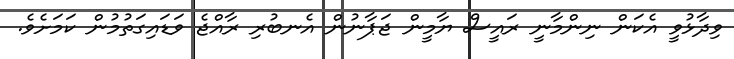
ވިދާޅުވީ އެކަން ނިންމާނީ ރައީސް ޔާމީން ޖަޕާނުން އެނބުރި ރާއްޖެ ވަޑައިގަތުމުން ކަމަށެވެ.